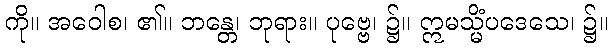
ကို။ အဝေါစ၊ ၏။ ဘန္တေ၊ ဘုရား။ ပုဗ္ဗေ၊ ၌။ ဣမသ္မိံပဒေသေ၊ ၌။